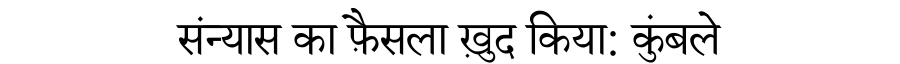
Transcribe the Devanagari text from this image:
संन्यास का फ़ैसला ख़ुद किया: कुंबले